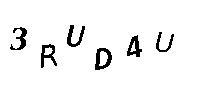
3RUD4U